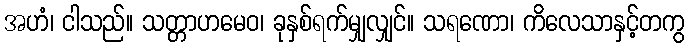
အဟံ၊ ငါသည်။ သတ္တာဟမေဝ၊ ခုနှစ်ရက်မျှလျှင်။ သရဏော၊ ကိလေသာနှင့်တကွ